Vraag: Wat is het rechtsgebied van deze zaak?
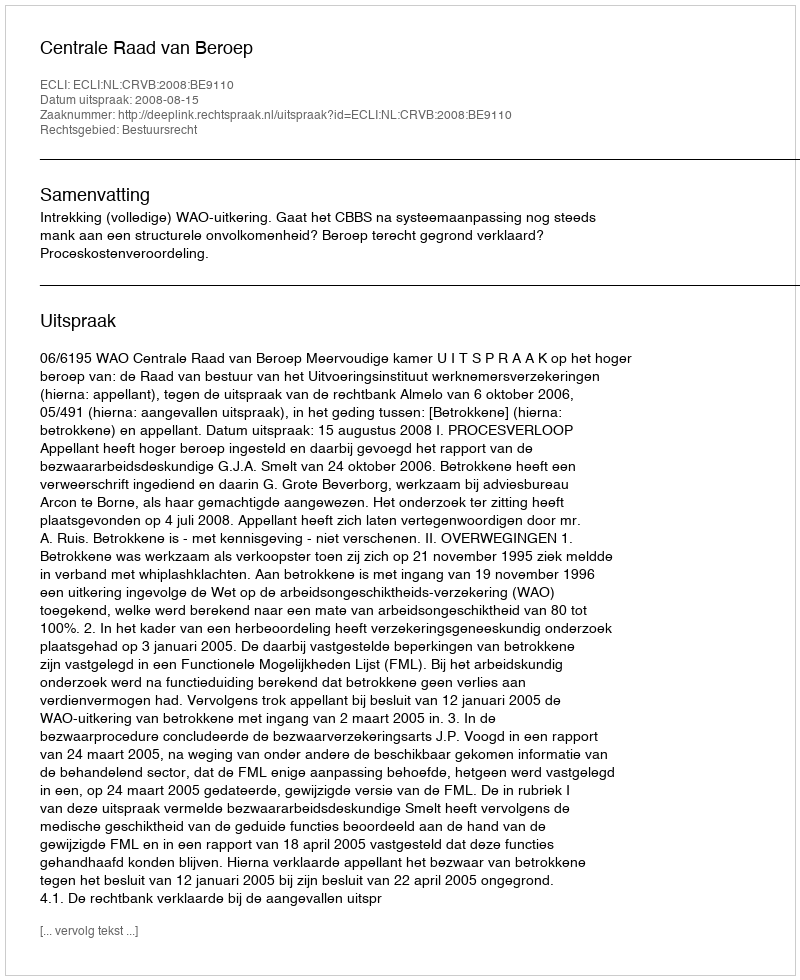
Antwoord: Bestuursrecht